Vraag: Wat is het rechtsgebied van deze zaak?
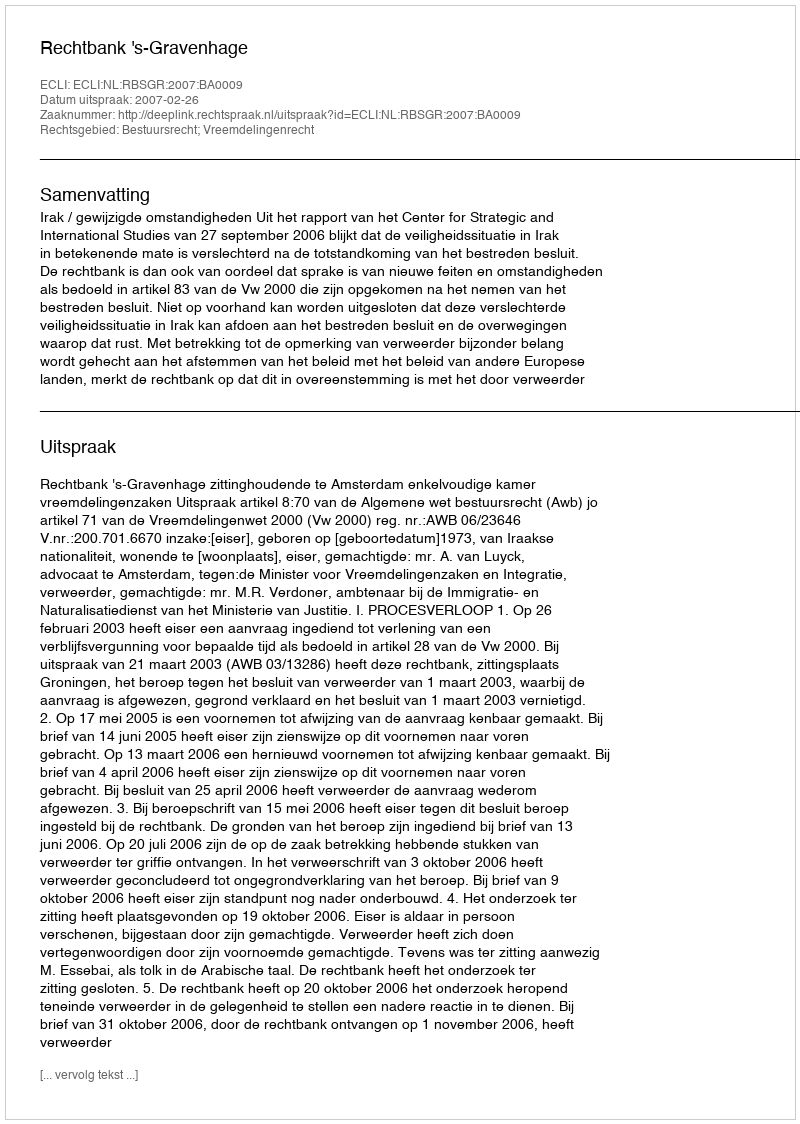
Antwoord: Bestuursrecht; Vreemdelingenrecht